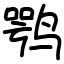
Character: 鹗